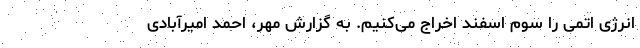
انرژی اتمی را سوم اسفند اخراج می‌کنیم. به گزارش مهر، احمد امیرآبادی